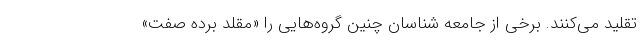
تقلید می‌کنند. برخی از جامعه شناسان چنین گروه‌هایی را «مقلد برده صفت»